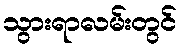
သွားရာလမ်းတွင်